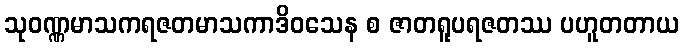
သုဝဏ္ဏမာသကရဇတမာသကာဒိဝသေန စ ဇာတရူပရဇတဿ ပဟူတတာယ